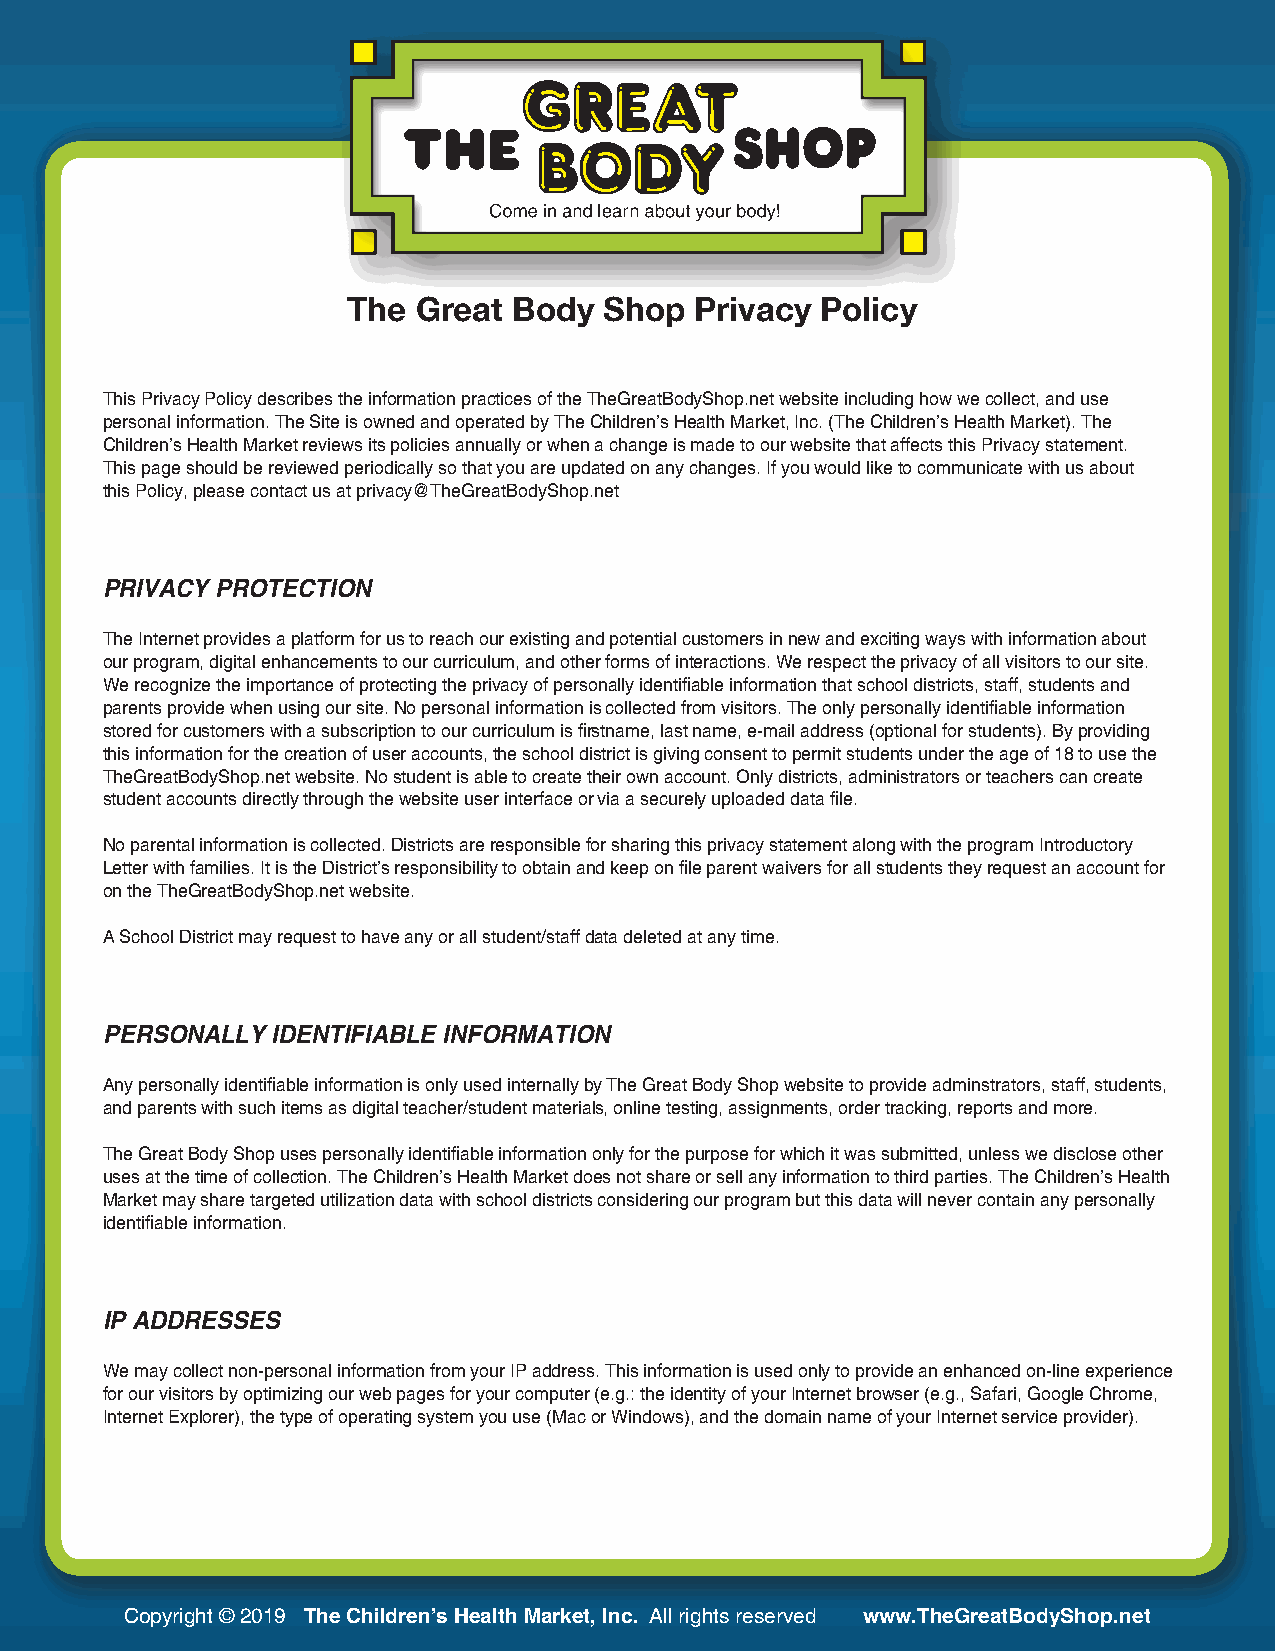
l
 The  Great Body  Shop  Privacy Policy
 This Privacy Policy describes the information practices of the TheGreatBodyShop.net website including how we collect, and use
 personal information. The Site is owned and operated by The Children’s Health Market, Inc. (The Children’s Health Market). The
 Children’s Health Market reviews its policies annually or when a change is made to our website that affects this Privacy statement.
 This page should be reviewed periodically so that you are updated on any changes. If you would like to communicate with us about
 this Policy, please contact us at privacy@TheGreatBodyShop.net
 PRIVACY PROTECTION
 The Internet provides a platform for us to reach our existing and potential customers in new and exciting ways with information about
 our program, digital enhancements to our curriculum, and other forms of interactions. We respect the privacy of all visitors to our site.
 We recognize the importance of protecting the privacy of personally identifiable information that school districts, staff, students and
 parents provide when using our site. No personal information is collected from visitors. The only personally identifiable information
 stored for customers with a subscription to our curriculum is firstname, last name, e-mail address (optional for students). By providing
 this information for the creation of user accounts, the school district is giving consent to permit students under the age of 18 to use the
 TheGreatBodyShop.net website. No student is able to create their own account. Only districts, administrators or teachers can create
 student accounts directly through the website user interface or via a securely uploaded data file.
 No parental information is collected. Districts are responsible for sharing this privacy statement along with the program Introductory
 Letter with families. It is the District’s responsibility to obtain and keep on file parent waivers for all students they request an account for
 on the TheGreatBodyShop.net website.
 A School District may request to have any or all student/staff data deleted at any time.
 PERSONALLY IDENTIFIABLE INFORMATION
 Any personally identifiable information is only used internally by The Great Body Shop website to provide adminstrators, staff, students,
 and parents with such items as digital teacher/student materials, online testing, assignments, order tracking, reports and more.
 The Great Body Shop uses personally identifiable information only for the purpose for which it was submitted, unless we disclose other
 uses at the time of collection. The Children’s Health Market does not share or sell any information to third parties. The Children’s Health
 Market may share targeted utilization data with school districts considering our program but this data will never contain any personally
 identifiable information.
 IP ADDRESSES
 We may collect non-personal information from your IP address. This information is used only to provide an enhanced on-line experience
 for our visitors by optimizing our web pages for your computer (e.g.: the identity of your Internet browser (e.g., Safari, Google Chrome,
 Internet Explorer), the type of operating system you use (Mac or Windows), and the domain name of your Internet service provider).
 Copyright © 2019 The Children’s Health Market, Inc. All rights reserved www.TheGreatBodyShop.net